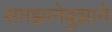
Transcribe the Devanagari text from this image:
समझानेबुझाने